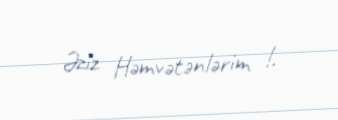
Əziz Həmvətənlərim !.